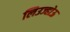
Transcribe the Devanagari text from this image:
लिउज्होऊ